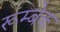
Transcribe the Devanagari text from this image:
रूम्बेक